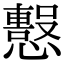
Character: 𢤙